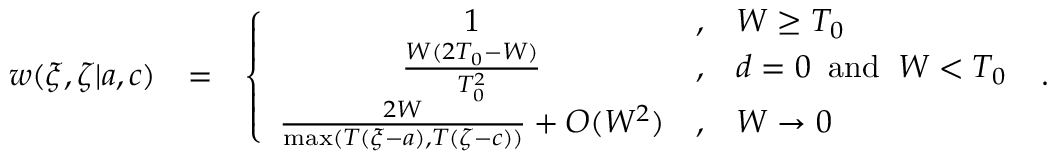
\begin{array} { r l r } { w ( \xi , \zeta | { a } , { c } ) } & { = } & { \left\{ \begin{array} { c c l } { 1 } & { , } & { W \ge T _ { 0 } } \\ { \frac { W ( 2 T _ { 0 } - W ) } { T _ { 0 } ^ { 2 } } } & { , } & { d = 0 \; \; \mathrm { a n d } \; \; W < T _ { 0 } } \\ { \frac { 2 W } { \operatorname* { m a x } ( T ( \xi - a ) , T ( \zeta - c ) ) } + { \cal O } ( W ^ { 2 } ) } & { , } & { W \rightarrow 0 } \end{array} \right. \; . } \end{array}